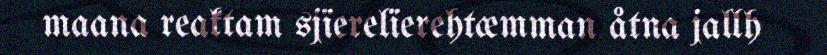
maana reaktam sjïerelïerehtæmman åtna jallh